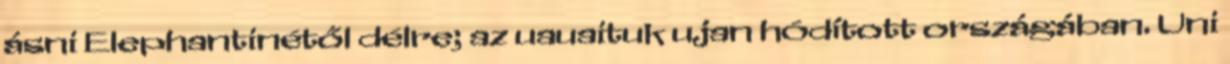
ásni Elephantinétől délre; az uauaituk ujan hódított országában. Uni